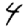
Digit: 4